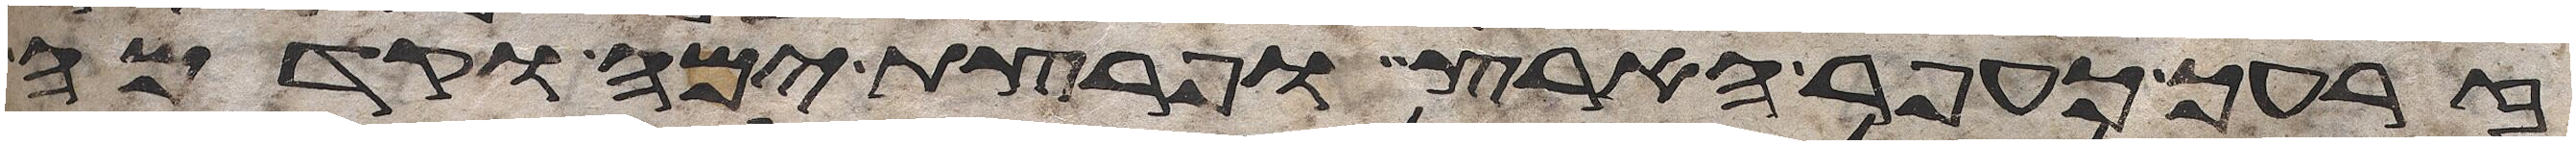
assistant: זרעך כעפר הארץ ופרצת ימה וקדמה